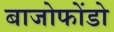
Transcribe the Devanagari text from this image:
बाजोफोंडो